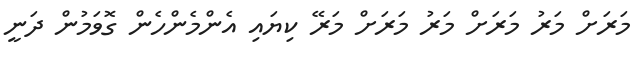
މަރަށް މަރު މަރަށް މަރު މަރަށް މަރޭ ކިޔައި އެންމެންހެން ގޮވަމުން ދަނީ